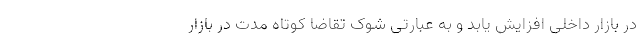
در بازار داخلی افزایش یابد و به عبارتی شوک تقاضا کوتاه مدت در بازار